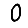
Digit: 0